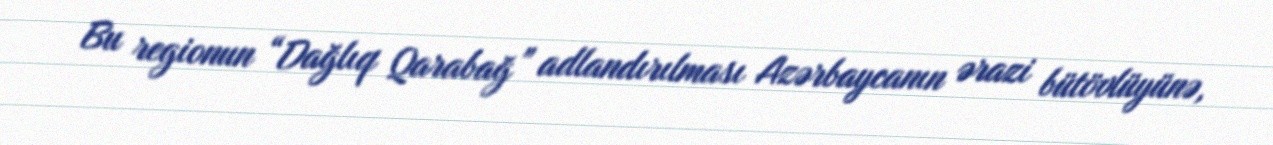
Bu regionun “Dağlıq Qarabağ” adlandırılması Azərbaycanın ərazi bütövlüyünə,